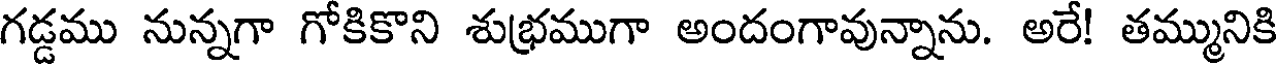
గడ్డము నున్నగా గోకికొని శుభ్రముగా అందంగావున్నాను. అరే! తమ్మునికి